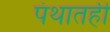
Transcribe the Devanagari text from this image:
पंथातही